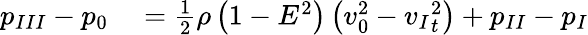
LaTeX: \begin{array}{rl}{{p_{III}}-{p_{0}}}&{{}={}\frac{1}{2}\rho\left(1-E^{2}\right)\left(v_{0}^{2}-{v_{I}}_{t}^{2}\right)+p_{II}-p_{I}}\end{array}